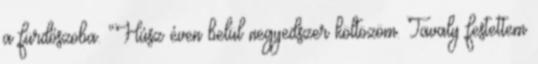
a fürdőszoba. “Húsz éven belül negyedszer költözöm. Tavaly festettem